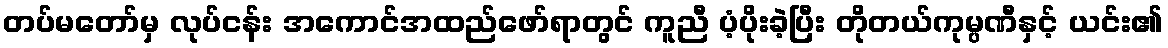
တပ်မတော်မှ လုပ်ငန်း အကောင်အထည်ဖော်ရာတွင် ကူညီ ပံ့ပိုးခဲ့ပြီး တိုတယ်ကုမ္ပဏီနှင့် ယင်း၏